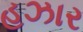
હઝાર